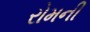
રોમની